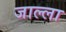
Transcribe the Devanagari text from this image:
जाल्ला